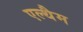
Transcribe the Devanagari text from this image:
एल्थैम